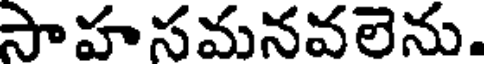
సాహసమనవలెను.